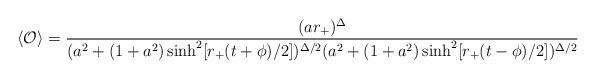
LaTeX: \begin{align*} \langle {\cal O} \rangle = { (ar_+)^\Delta \over (a^2 + (1+a^2) \sinh^2 [r_+ (t+\phi)/2])^{\Delta/2} (a^2 + (1+a^2) \sinh^2 [r_+ (t-\phi)/2])^{\Delta/2}}\end{align*}